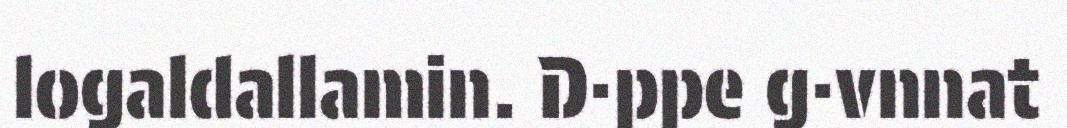
logaldallamin. D·ppe g·vnnat